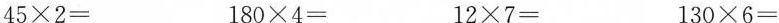
$$4 5 \times 2 =$$ $$1 8 0 \times 4 =$$ $$1 2 \times 7 =$$ $$1 3 0 ×\times 6 =$$